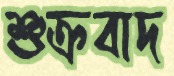
শুক্রবাদ